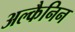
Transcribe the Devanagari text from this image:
अल्कैनिन